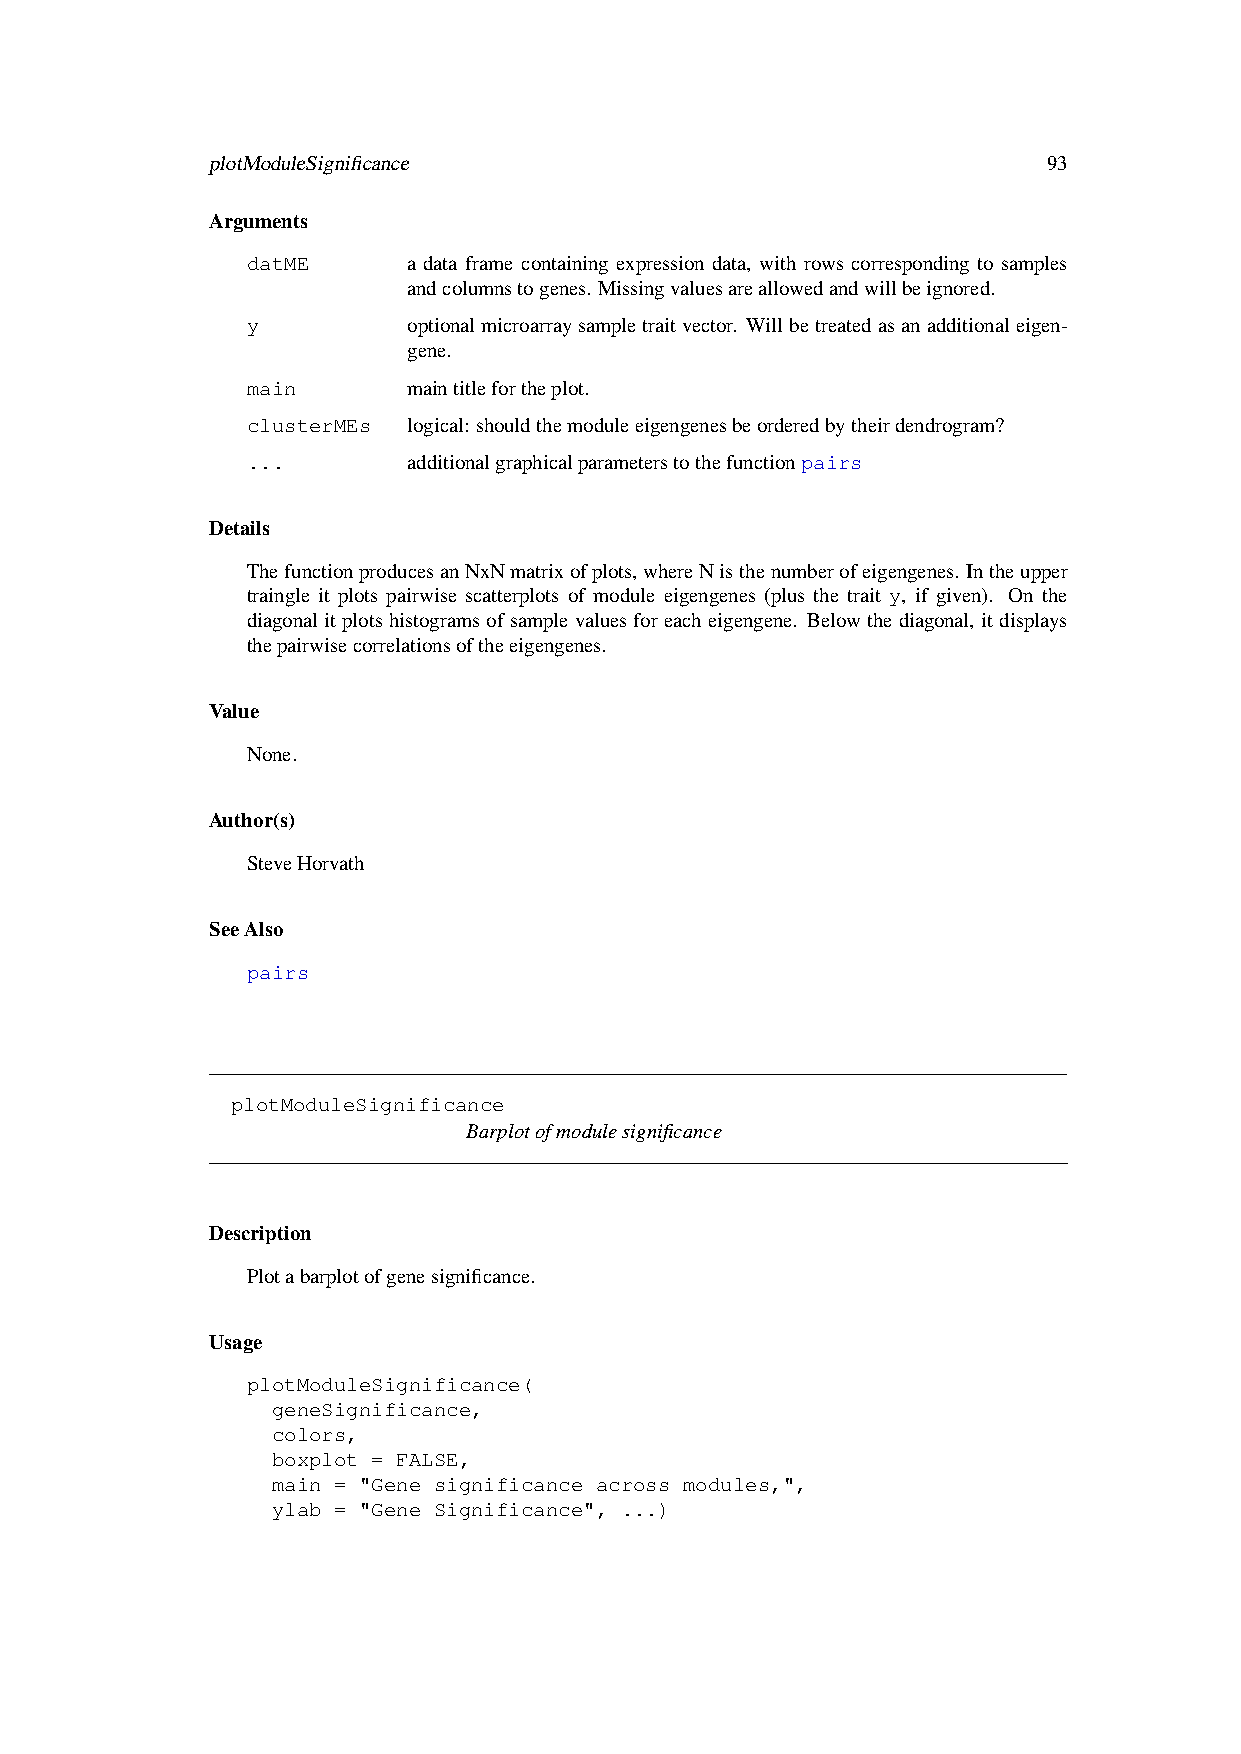
plotModuleSignificance                                 93
 Arguments
 datME      a data frame containing expression data, with rows corresponding to samples
 andcolumnstogenes. Missingvaluesareallowedandwillbeignored.
 y          optionalmicroarraysampletraitvector. Willbetreatedasanadditionaleigen-
 gene.
 main       maintitlefortheplot.
 clusterMEs logical: shouldthemoduleeigengenesbeorderedbytheirdendrogram?
 ...        additionalgraphicalparameterstothefunctionpairs
 Details
 ThefunctionproducesanNxNmatrixofplots,whereNisthenumberofeigengenes. Intheupper
 traingle it plots pairwise scatterplots of module eigengenes (plus the trait y, if given). On the
 diagonalitplotshistogramsofsamplevaluesforeacheigengene. Belowthediagonal, itdisplays
 thepairwisecorrelationsoftheeigengenes.
 Value
 None.
 Author(s)
 SteveHorvath
 SeeAlso
 pairs
 plotModuleSignificance
 Barplotofmodulesignificance
 Description
 Plotabarplotofgenesignificance.
 Usage
 plotModuleSignificance(
 geneSignificance,
 colors,
 boxplot = FALSE,
 main = "Gene significance across modules,",
 ylab = "Gene Significance", ...)